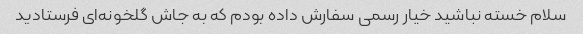
سلام خسته نباشید خیار رسمی سفارش داده بودم که به جاش گلخونه‌ای فرستادید